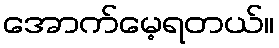
အောက်မေ့ရတယ်။